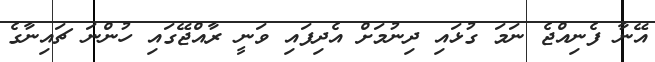
އޭނާ ފެނިއްޖެ ނަމަ ގުޅައި ދިނުމަށް އެދިފައި ވަނީ ރާއްޖޭގައި ހުންނަ ޗައިނާގެ